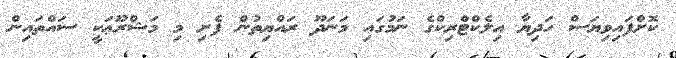
ކޮށްފައިވިޔަސް ހަދިޔާ އިލެކްޓްރިކްގެ ނަމުގައި މަނަދޫ ރައްޔިތުން ފެށި މި މަޝްރޫޢަކީ ސައްތައިން